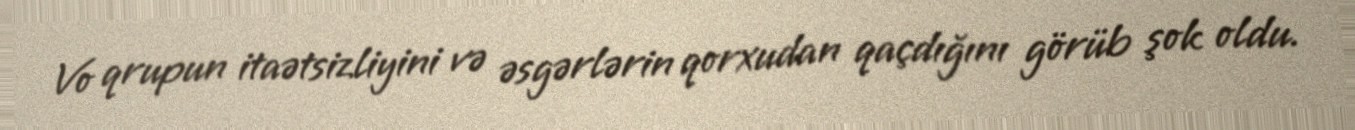
Vo qrupun itaətsizliyini və əsgərlərin qorxudan qaçdığını görüb şok oldu.